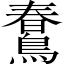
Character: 𪃣